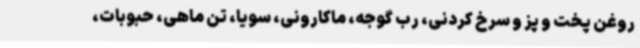
روغن پخت و پز و سرخ کردنی، رب گوجه، ماکارونی، سویا، تن ماهی، حبوبات،